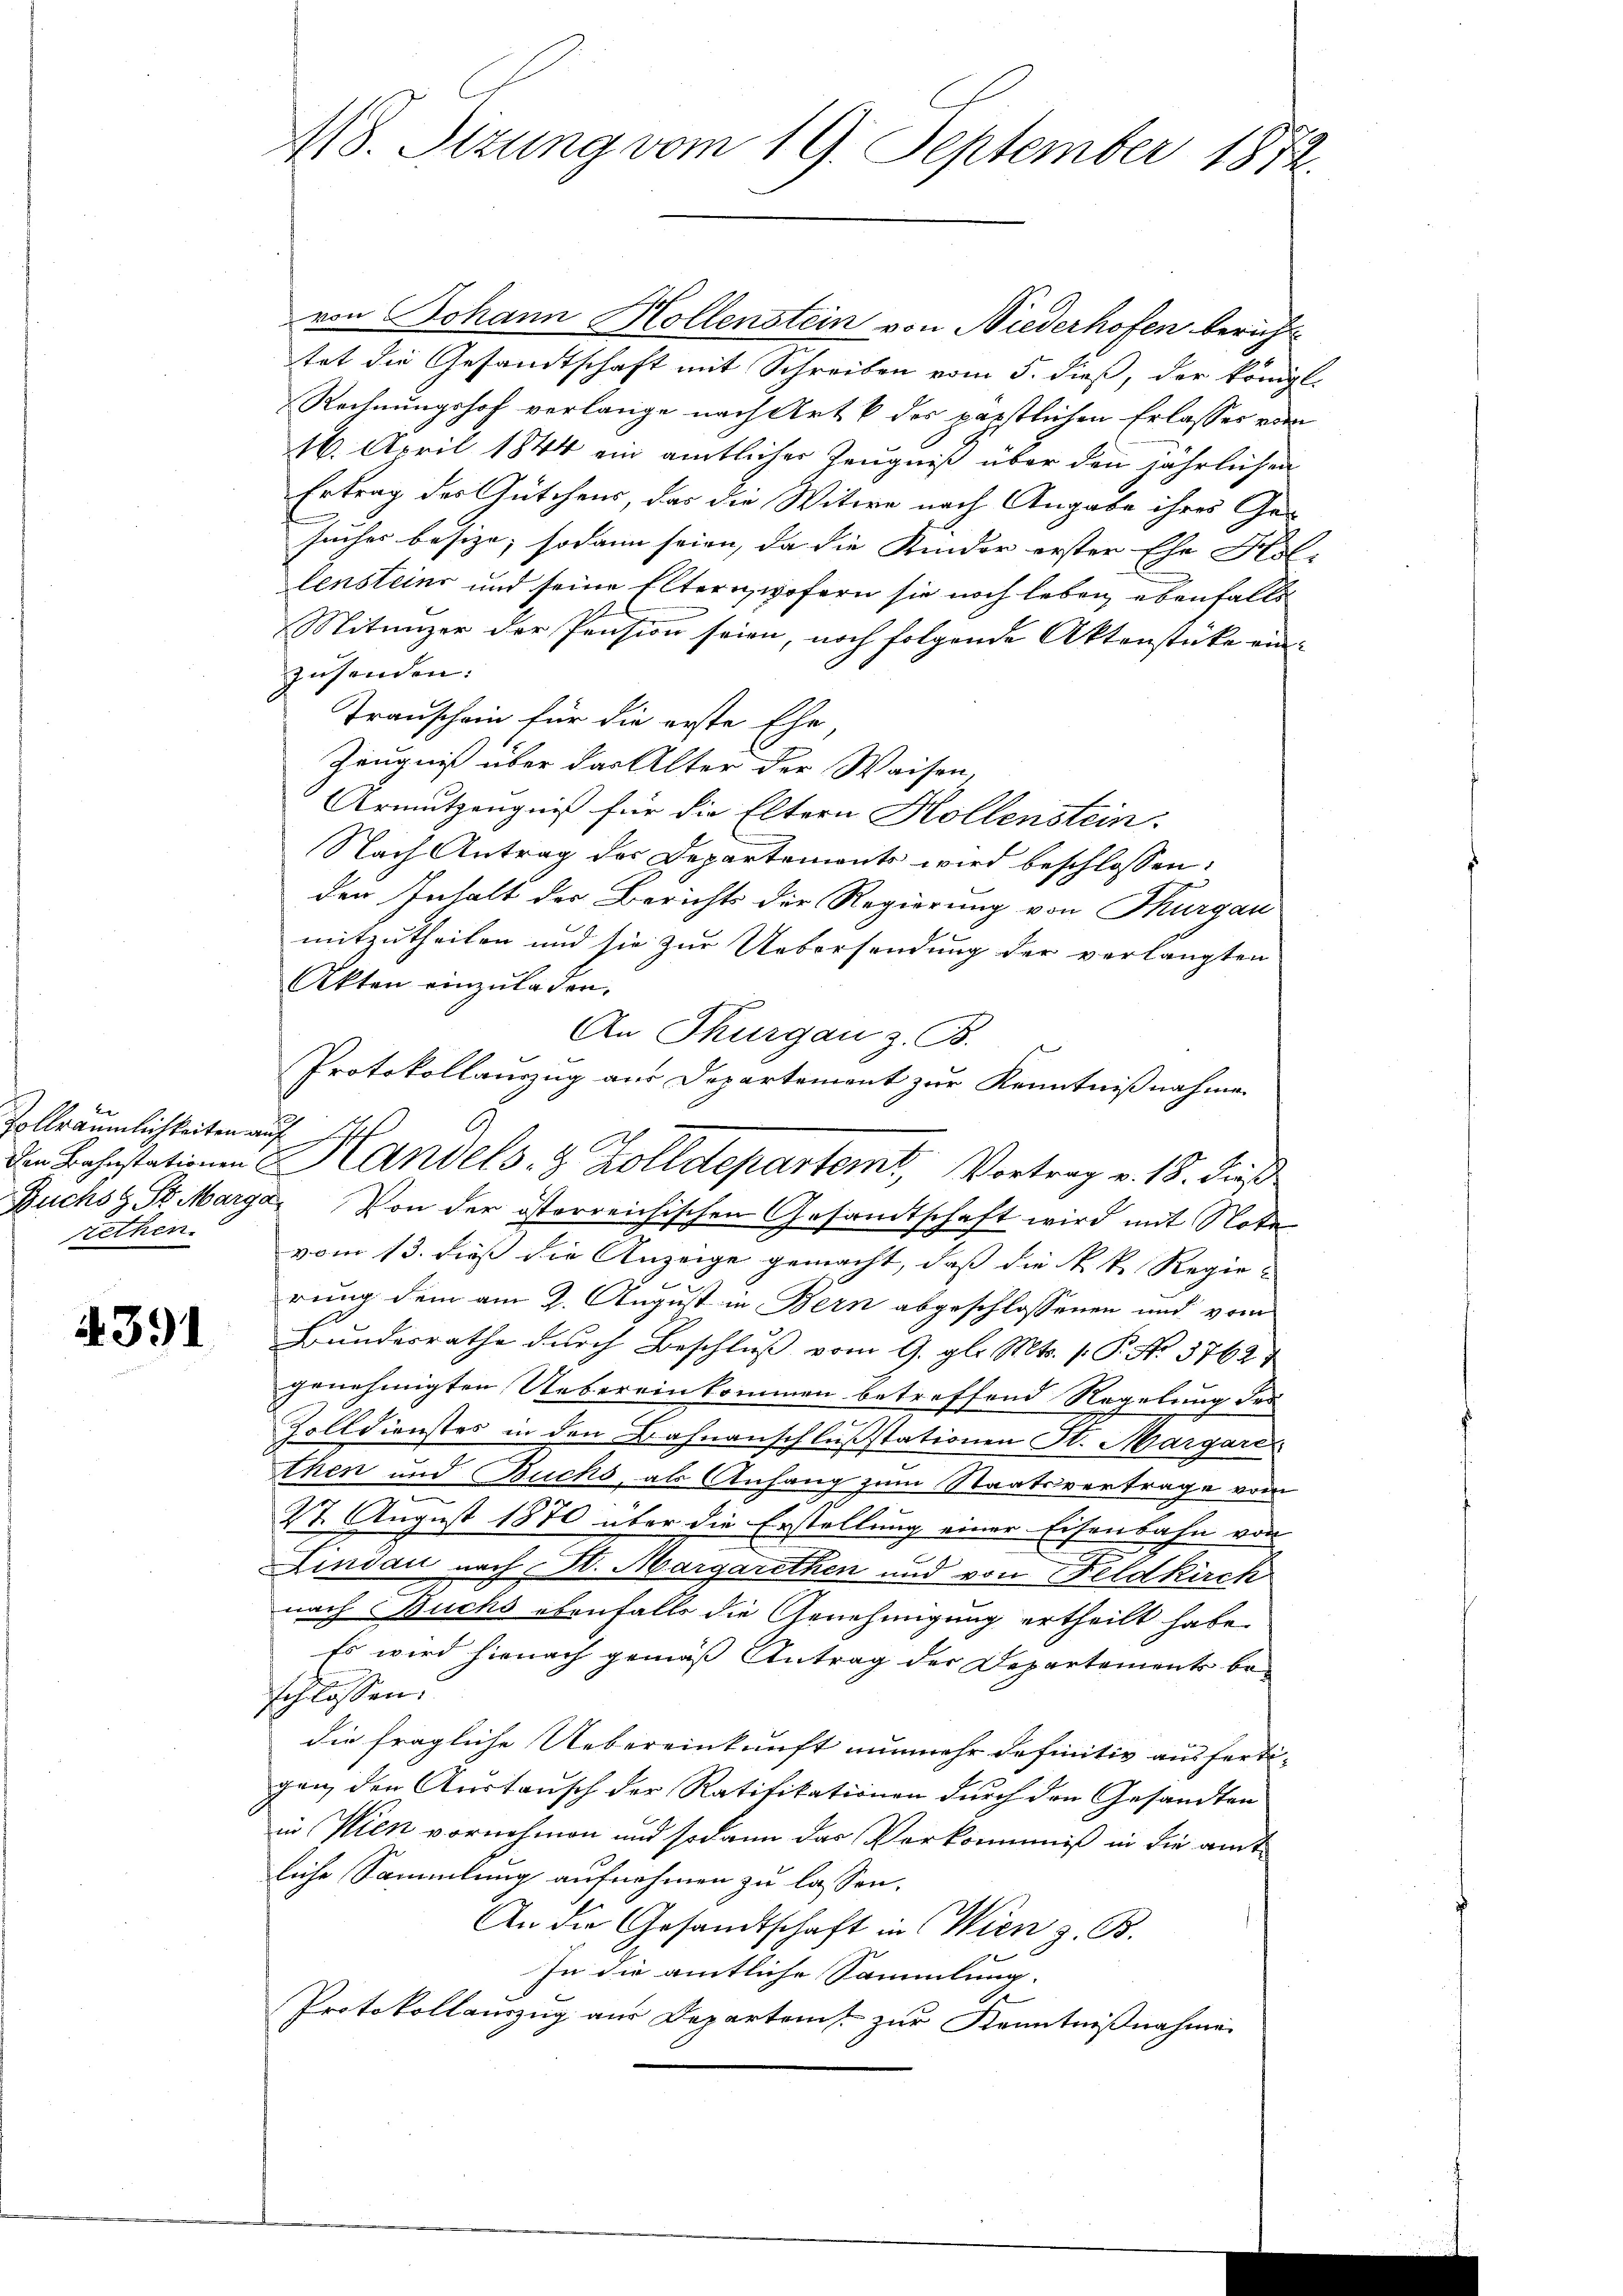
Vollräumlichkeiten auf
rethen.

391

418. Sizung vom 19. September 1872.

von Johann Hollenstein von Niederhofen berich
tat die Gesandtschaft mit Schreiben vom 5. dieß, der königl.
Rechnungshof verlange nach Art. 6 der perstlichen Erlasses vom
16. April 1844 ein amtlicher Zeugniß über den jährlichen
Ertrag der Gütchens, das die Witwe nach Angabe ihres Ge¬
2
suches besize; sodann seien, da die Kinder erster Ehe Kol-
lensteins und seine Elternwofern sie noch leben, ebenfalls
Mitunzer der Pension seien, noch folgende Aktenstücke ein- |
zusenden:
Transchein für die erste Ehe,
Zeugniß über das Alter der Waisen,
Armutzengniß für die Eltern Hollenstein:
Nach Antrag des Departemonts wird beschlossen:
den Inhalt der Bericht der Regierung von Thurgau
mitzutheilen und sie zur Uebersendung der verlangten
Akten einzuladen,
An Thurgau z. B.
Protokollauszug aus Departement zur Kenntnißnahmen
Buchs St. Marga. Von der österreichischen Gesamtschaft wird mit Note
vom 13. dieß die Anzeige gemacht, daß die k. k. Regie-
rung dem am 2. August in Bern abgeschlossenen und vom
Bundesrathe durch Beschluß vom 9. gl. Mts. 1. P. No 3762
genehmigten Uebereinkommen betreffend Regelung der
Zolldienstes in den Bahnanschlusstationen St. Margares
then und Buchs, als Anfang zum Staatsvertrage vom
27. August 1870 über die Erstellung einer Eisenbahn von
Lindau nach St. Margarethen und von Feldkirch
nach Buchs ebenfalls die Genehmigung ertheilt habe.
Es wird hienach gemäß Antrag der Departements beschlossen.
die fragliche Uebereinkunft nunmehr definitiv ausfertigen, den Anstausch der Ratifikationen durch den Gesandten
in Wien vornehmen und sodann das Verkommniß in die amtliche Sammlung aufnehmen zu lassen.
An die Gesandtschaft in Wien z. B.
In die amtliche Sammlung
Protokollauszug aus Departen zur Kenntnißnahmen

Die Bahnstationen Handels- & Zolldepartemt, Vortrag v. 18. daß